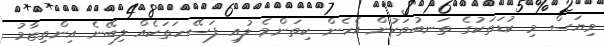
ވިޔަސް މި ކުޑަތަކުގެ ތަނބުތަކުން އެހެން ކިތަންމެ ލުއި ފަސޭހަތަކެއް ލިބޭނެ އިންތިޒާމު